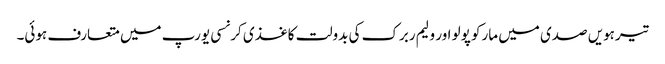
تیرہویں صدی میں مارکو پولو اور ولیم ربرک کی بدولت کاغذی کرنسی یورپ میں متعارف ہوئی۔